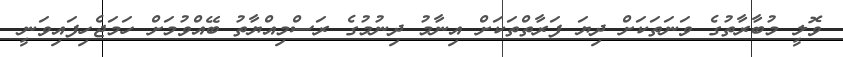
ވޮލީ މުބާރާތުގެ ވަނަތަކަށް ދިޔަ ފަރާތްތަކަށް އިނާމު ދިނުމުގެ ރަސްމިއްޔާތު ބޭއްވުމަށް ހަމަޖެހިފައިވަނީ